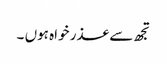
تجھ سے عذر خواہ ہوں ۔